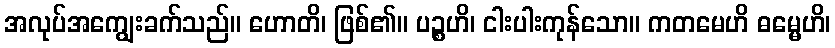
အလုပ်အကျွေးခက်သည်။ ဟောတိ၊ ဖြစ်၏။ ပဉ္စဟိ၊ ငါးပါးကုန်သော။ ကတမေဟိ ဓမ္မေဟိ၊